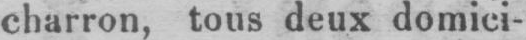
charron, tous deux domici-